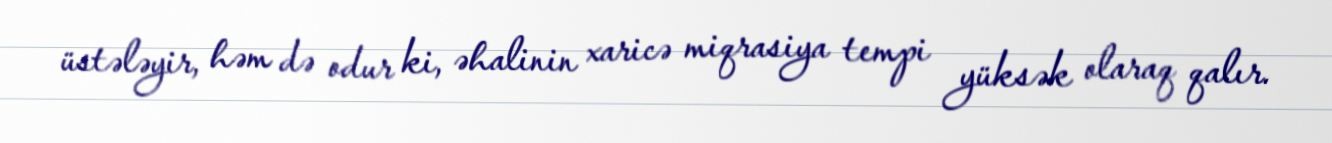
üstələyir, həm də odur ki, əhalinin xaricə miqrasiya tempi yüksək olaraq qalır.